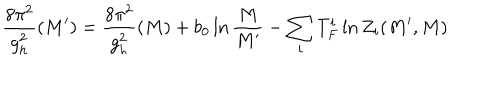
LaTeX: \frac { 8 \pi ^ { 2 } } { g _ { h } ^ { 2 } } ( M ^ { \prime } ) = \frac { 8 \pi ^ { 2 } } { g _ { h } ^ { 2 } } ( M ) + b _ { 0 } \ln \frac { M } { M ^ { \prime } } - \sum _ { i } T _ { F } ^ { i } \ln Z _ { i } ( M ^ { \prime } , M )